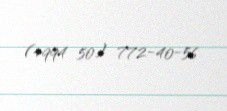
(+994 50) 772-40-56